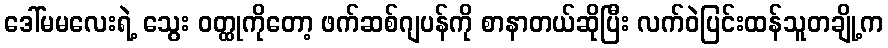
ဒေါ်မမလေးရဲ့ သွေး ဝတ္ထုကိုတော့ ဖက်ဆစ်ဂျပန်ကို စာနာတယ်ဆိုပြီး လက်ဝဲပြင်းထန်သူတချို့က